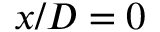
x / D = 0